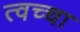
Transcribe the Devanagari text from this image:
त्वच्चा